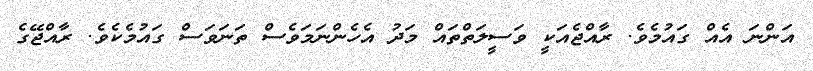
އަންނަ އެއް ގައުމެވެ. ރާއްޖެއަކީ ވަސީލަތްތައް މަދު އެހެންނަމަވެސް ތަނަވަސް ގައުމެކެވެ. ރާއްޖޭގެ